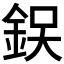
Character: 𨦚